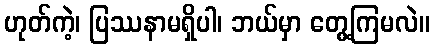
ဟုတ်ကဲ့၊ ပြဿနာမရှိပါ၊ ဘယ်မှာ တွေ့ကြမလဲ။